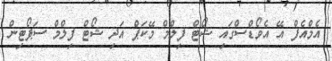
އެމްއެފް އޭ އެވޯޑްސްގައި ޝޯޓް ފިލްމް މޭކަޕް އަދި ޝޯޓް ފިލްމް ސަޕޯޓިން